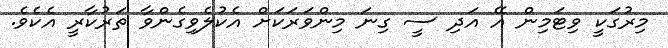
މިރުގަކީ ވިޓަމިން އޭ އަދި ސީ ގިނަ މިންވަރަކަށް އެކުލެވިގެންވާ ތަރުކާރީ އެކެވެ.